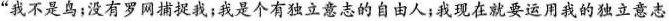
”我不是鸟；没有罗网捕捉我；我是个有独立意志的自由人；我现在就要运用我的独立意志